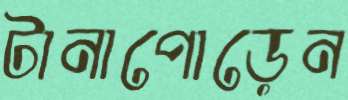
টানাপোড়েন